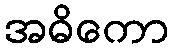
အဓိကော